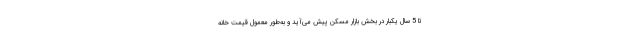
تا 5 سال یکبار در بخش بازار مسکن پیش می‌آید و به‌طور معمول قیمت خانه